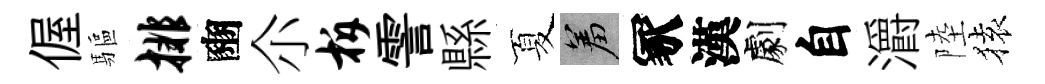
偓驅排豳尒柝霅縣夏羞冢漢劇自灂陸𫞤